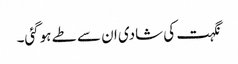
نگہت کی شادی ان سے طے ہوگئی۔